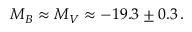
\ M _ { B } \approx M _ { V } \approx - 1 9 . 3 \pm 0 . 3 \, .